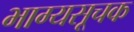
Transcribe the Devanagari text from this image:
भाग्यसूचक